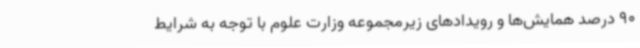
90 درصد همایش‌ها و رویدادهای زیرمجموعه وزارت علوم با توجه به شرایط